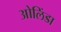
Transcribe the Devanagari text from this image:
ओलिंडा